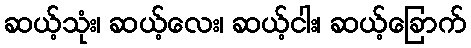
ဆယ့်သုံး၊ ဆယ့်လေး၊ ဆယ့်ငါး၊ ဆယ့်ခြောက်